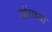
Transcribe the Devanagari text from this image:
डोंराच्या